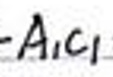
$-A_{1}C_{1}$